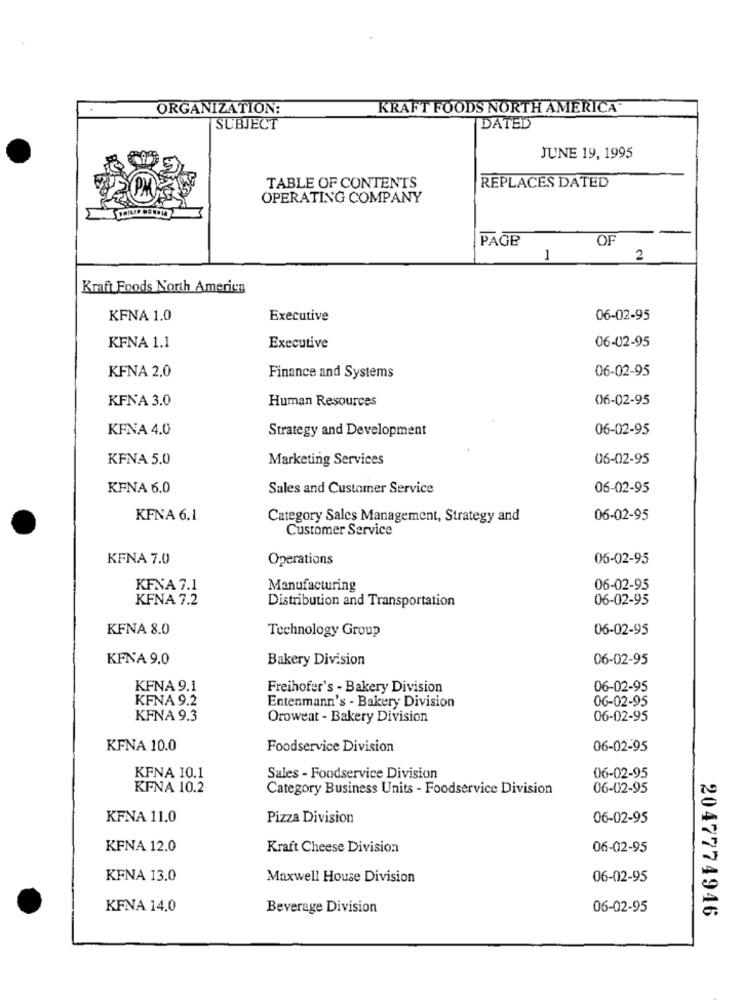
ORGANIZATION:
KRAFT FOODS NORTH AMERICA
SUBJECT
DATED
JUNE 19, 1995
TABLE OF CONTENTS
REPLACES DATED
OPERATING COMPANY
-
PAGE
OF
1
2
Kraft Foods North America
KFNA 1.0
Executive
06-02-95
KFNA 1.1
Executive
06-02-95
KFNA 2.0
06-02-95
Finance and Systems
KFNA 3.0
Human Resources
06-02-95
KFNA 4.0
Strategy and Development
06-02-95
KFNA 5.0
Marketing Services
06-02-95
KFNA 6.0
Sales and Customer Service
06-02-95
KFNA 6.1
Category Sales Management, Strategy and
06-02-95
Customer Service
KFNA 7.0
Operations
06-02-95
KFNA 7.1
Manufacturing
06-02-95
KFNA 7.2
Distribution and Transportation
06-02-95
KFNA 8.0
06-02-95
Technology Group
KFNA 9.0
Bakery Division
06-02-95
KFNA 9.1
Freihofer's - Bakery Division
06-02-95
KFNA 9.2
Entenmann's - Bakery Division
06-02-95
KFNA 9.3
Oroweat - Bakery Division
06-02-95
KFNA 10.0
Foodservice Division
06-02-95
KFNA 10.1
Sales - Foodservice Division
06-02-95
KFNA 10.2
Category Business Units - Foodservice Division
06-02-95
KFNA 11.0
Pizza Division
06-02-95
KFNA 12.0
Kraft Cheese Division
06-02-95
KFNA 13.0
Maxwell House Division
06-02-95
KFNA 14.0
Beverage Division
06-02-95
2047774946